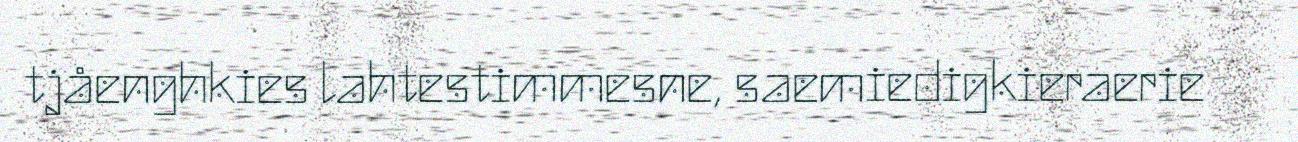
tjåenghkies lahtestimmesne, saemiedigkieraerie